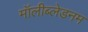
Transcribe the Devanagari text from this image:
मॉलीब्लेडनम